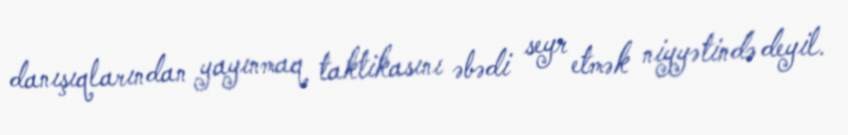
danışıqlarından yayınmaq taktikasını əbədi seyr etmək niyyətində deyil.